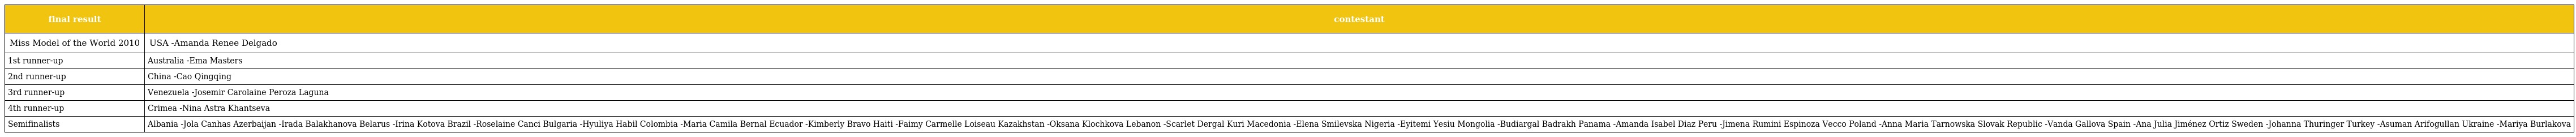
| final result | contestant |
 | --- | --- |
 | Miss Model of the World 2010 | USA -Amanda Renee Delgado |
 | 1st runner-up | Australia -Ema Masters |
 | 2nd runner-up | China -Cao Qingqing |
 | 3rd runner-up | Venezuela -Josemir Carolaine Peroza Laguna |
 | 4th runner-up | Crimea -Nina Astra Khantseva |
 | Semifinalists | Albania -Jola Canhas Azerbaijan -Irada Balakhanova Belarus -Irina Kotova Brazil -Roselaine Canci Bulgaria -Hyuliya Habil Colombia -Maria Camila Bernal Ecuador -Kimberly Bravo Haiti -Faimy Carmelle Loiseau Kazakhstan -Oksana Klochkova Lebanon -Scarlet Dergal Kuri Macedonia -Elena Smilevska Nigeria -Eyitemi Yesiu Mongolia -Budiargal Badrakh Panama -Amanda Isabel Diaz Peru -Jimena Rumini Espinoza Vecco Poland -Anna Maria Tarnowska Slovak Republic -Vanda Gallova Spain -Ana Julia Jiménez Ortiz Sweden -Johanna Thuringer Turkey -Asuman Arifogullan Ukraine -Mariya Burlakova |